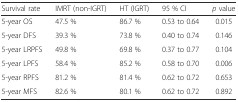
| Survival rate | IMRT (non-IGRT) | HT (IGRT) | 95 % CI | p value |
 | --- | --- | --- | --- | --- |
 | 5-year OS | 47.5 % | 86.7 % | 0.53 to 0.64 | 0.015 |
 | 5-year DFS | 39.3 % | 73.8 % | 0.40 to 0.74 | 0.146 |
 | 5-year LRPFS | 49.8 % | 69.8 % | 0.37 to 0.77 | 0.104 |
 | 5-year LPFS | 58.4 % | 85.2 % | 0.58 to 0.70 | 0.006 |
 | 5-year RPFS | 81.2 % | 81.4 % | 0.62 to 0.72 | 0.653 |
 | 5-year MFS | 82.6 % | 80.1 % | 0.62 to 0.72 | 0.892 |